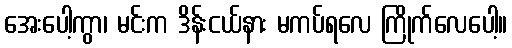
အေးပေါ့ကွာ၊ မင်းက ဒိန်းငယ်နား မကပ်ရလေ ကြိုက်လေပေါ့။